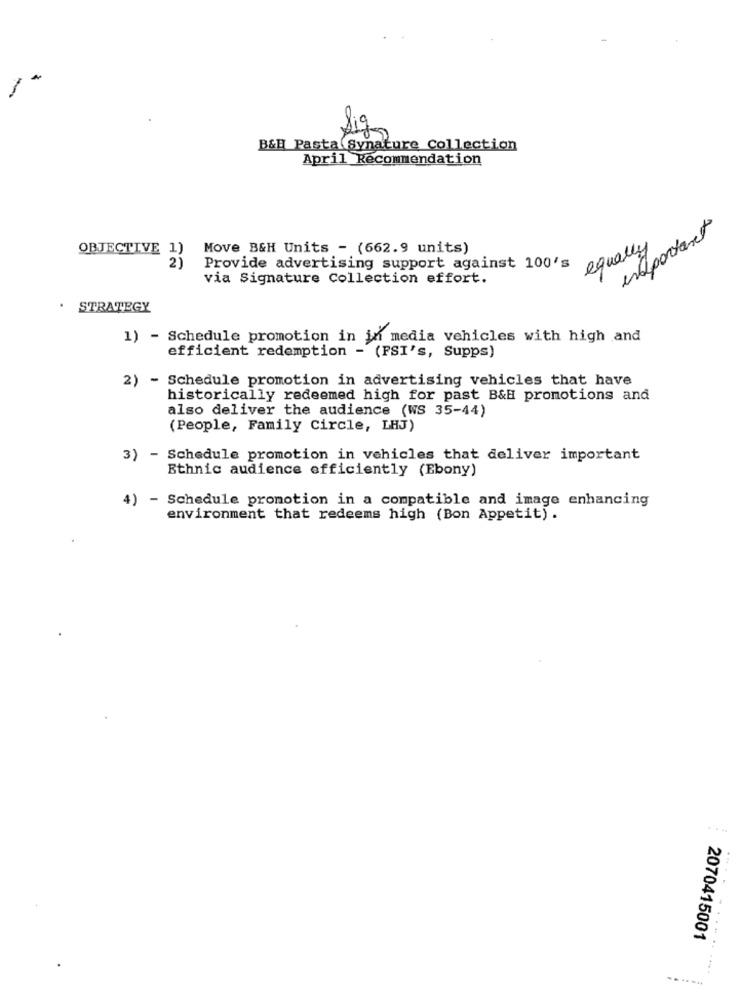
-
Sig
B&H Pasta (Synature Collection
April Recommendation
enpartant
OBJECTIVE 1)
Move B&H Units - (662.9 units)
Provide advertising support against 100's quay
via Signature Collection effort.
STRATEGY
1) - Schedule promotion in in media vehicles with high and
efficient redemption - (FSI's, Supps)
2) - Schedule promotion in advertising vehicles that have
historically redeemed high for past B&H promotions and
also deliver the audience (WS 35-44)
(People, Family Circle, LHJ)
3) - Schedule promotion in vehicles that deliver important
Ethnic audience efficiently (Ebony)
4)
- Schedule promotion in a compatible and image enhancing
environment that redeems high (Bon Appetit) .
2070415001